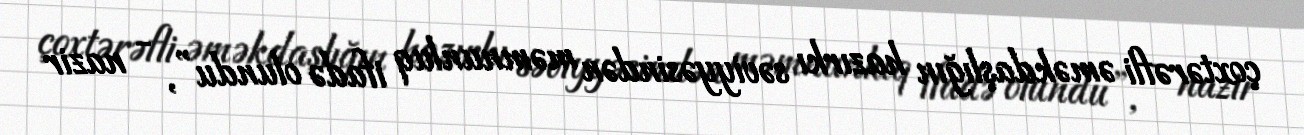
çoxtərəfli əməkdaşlığın hazırkı səviyyəsindən məmnunluq ifadə olundu”, - nazir